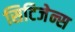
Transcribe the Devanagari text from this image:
सिटिजेन्स